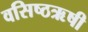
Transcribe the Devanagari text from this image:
वसिष्ठऋषी